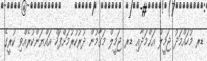
ޑރ މުހައްމަދު ޖަމީލް އަޙްމަދާއި ޑރ ޖަމީލް މަގާމުން ދުރުކުރުމަށްފަހް އައްޔަންކުރެއްވި ކުރީގެ